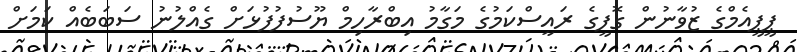
ޕީޕީއެމްގެ ޒުވާނުން ގޮފީގެ ރައީސްކަމުގެ މަގާމު އިބްރާހިމް ޔޫސުފުފުޅަށް ގެއްލުނު ސަބަބެއް ކަމަށް